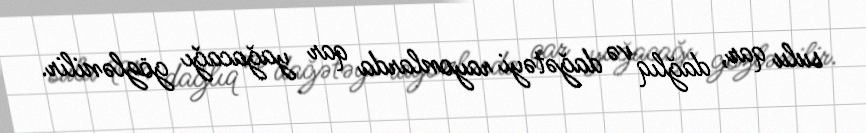
sulu qar, dağlıq və dağətəyi rayonlarda qar yağacağı gözlənilir.